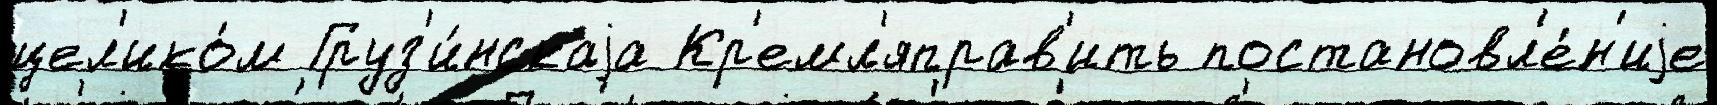
цел'ико́м Груз'и́нскаjа Кр'емл'яправ'ить постановл'е́н'иjе